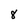
Character: 8